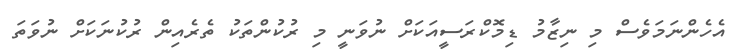
އެހެންނަމަވެސް މި ނިޒާމު ޑިމޮކްރަސީއަކަށް ނުވަނީ މި ރުކުންތަކު ތެރެއިން ރުކުނަކަށް ނުވަތަ